system: You are a helpful assistant.
user:
Analyze the provided spectrum to determine if it is a **M-type Giant (gM)**.

A M-type Giant spectrum is defined by its **strong molecular absorption** features, particularly from **Titanium Oxide (TiO)**. You must check for one of the following mutually exclusive signatures:

- **Key Visual Indicators (Absorption-Dominated Spectrum):**

    - **(Primary):** The spectrum is dominated by strong molecular absorption from **Titanium Oxide (TiO)**. This is the **defining feature** of its M-type temperature class.
        - **(Key Bandheads):** Look for sharp, "saw-tooth" absorption valleys. The strongest are located near **~7050 Å**, **~6160 Å**, and **~5170 Å**.
        - **(Line Profile):** The "saw-tooth" morphology is critical: a **sharp, steep drop on the BLUE (short-wavelength) side** of the bandhead, followed by a gradual recovery (rising flux) towards the RED (long-wavelength) side.

    - **(Key Confirmation - Giant vs. Dwarf):** **ABSENCE** of strong **Calcium Hydride (CaH)** molecular bands. This is the primary diagnostic for *excluding* M-dwarfs.
        - **(Key Region):** The spectrum should lack the strong, broad absorption band seen in dwarfs between **~6800 Å and ~7000 Å**.

    - **(Secondary Confirmation - Giant):** A very strong and broad **Neutral Calcium (Ca I)** atomic absorption line.
        - **(Key Line):** Located at **~4226 Å**. In a giant (gM), this line is significantly deeper and broader than the same line in an M-dwarf (dM) due to low surface gravity.

    - **(Overall Spectrum):**
        - The continuum is **extremely red-sloping** (i.e., flux is very low in the blue and rises dramatically towards the red).
        - The entire spectrum appears "chopped up" by the deep TiO bands.

Think first, call **spectral_visualization_tool** if needed to examine features in detail, then provide your final answer. Your response must adhere to the following strict rules:
1.  **Overall Structure:** Your response must follow the format `<think>...</think> <tool_call>...</tool_call> (if a tool is used) <answer>...</answer>`.
2.  **Tool Usage Constraint:** You may only make **one** tool call per turn.
3.  **Final Answer Format:** In the `<answer>` tag, your conclusion must be inside a `\boxed{}` command (e.g., `\boxed{YES}` or `\boxed{NO}`), followed by your justification.

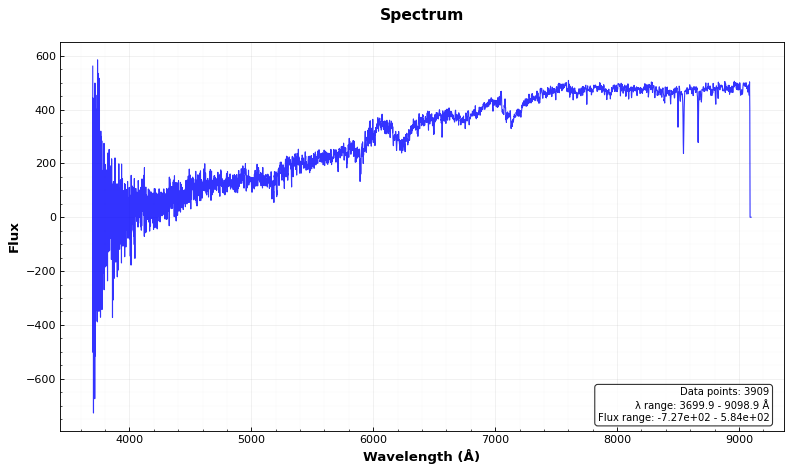
Answer: YES